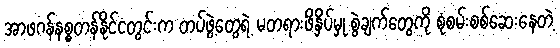
အာဖဂန်နစ္စတန်နိုင်ငံတွင်းက တပ်ဖွဲ့တွေရဲ့ မတရားဖိနှိပ်မှု စွဲချက်တွေကို စုံစမ်းစစ်ဆေးနေတဲ့